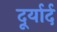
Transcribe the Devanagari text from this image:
दूर्यार्द